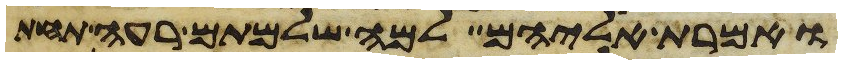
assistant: ואמרת אליהם למה שלמתם רעה תחת